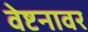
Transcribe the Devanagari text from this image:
वेष्टनावर